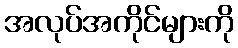
အလုပ်အကိုင်များကို